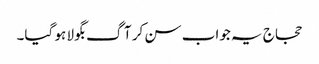
حجاج یہ جواب سن کر آگ بگولا ہو گیا۔